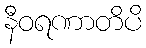
နီဝရဏာတိပိ